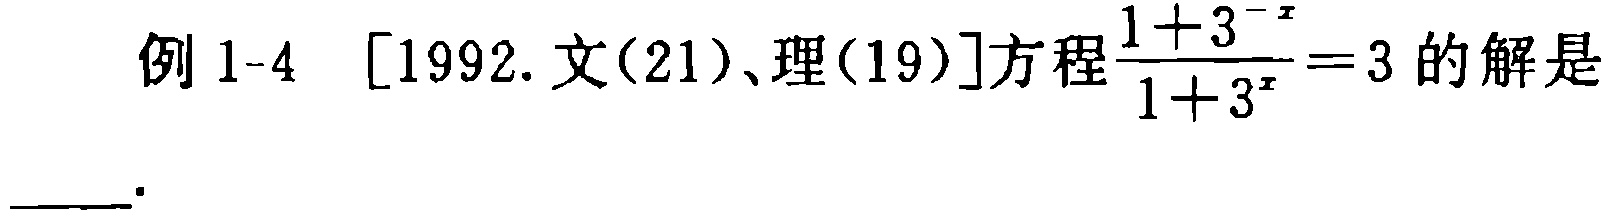
例 1-4 [1992.文(21)、理(19)]方程$\frac{1 + 3^{-x}}{1 + 3^{x}} = 3$的解是____.